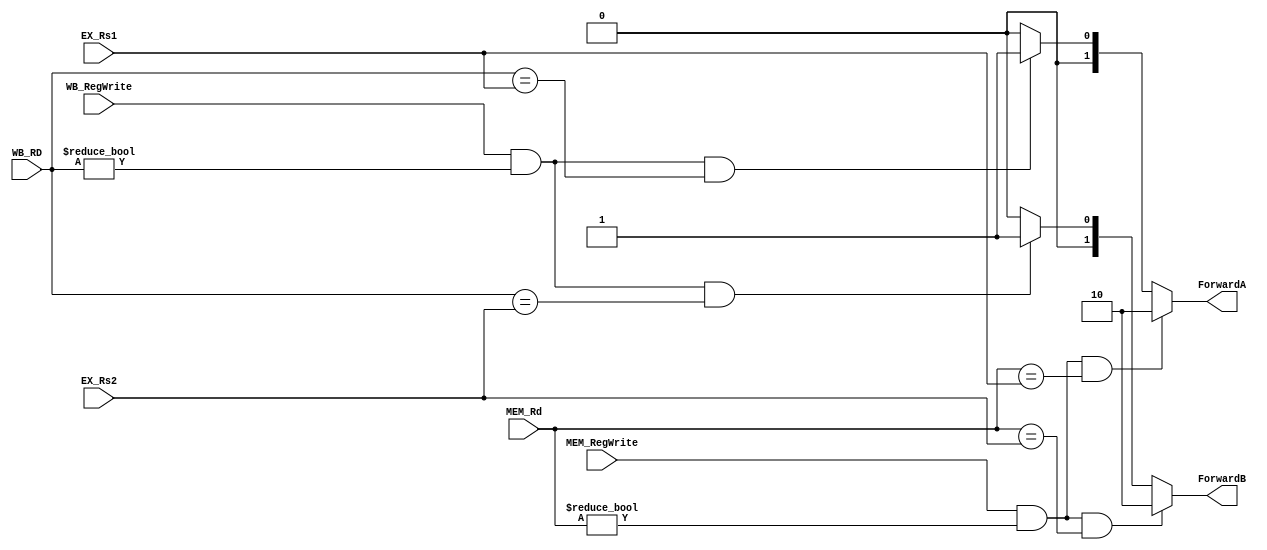
module Forwarding_Unit(
         EX_Rs1,
         EX_Rs2,
         MEM_RegWrite,
         MEM_Rd,
         WB_RegWrite,
         WB_RD,

         ForwardA,
         ForwardB,
       );

input [4:0] EX_Rs1, EX_Rs2, MEM_Rd, WB_RD;
input MEM_RegWrite, WB_RegWrite;

output reg [1:0] ForwardA, ForwardB;

always @(EX_Rs1 or EX_Rs2 or MEM_Rd or WB_RD or MEM_RegWrite or WB_RegWrite)
  begin
    if (MEM_RegWrite && MEM_Rd != 0  && MEM_Rd == EX_Rs1)
      ForwardA <= 2'b10;  // forward: MEM -> EX
    else if(WB_RegWrite && WB_RD != 0 && WB_RD == EX_Rs1)
      ForwardA <= 2'b01;  // forward: WB -> EX
    else
      ForwardA <= 2'b00;  // no forward

    if (MEM_RegWrite && MEM_Rd != 0  && MEM_Rd == EX_Rs2)
      ForwardB <= 2'b10;  // forward: MEM -> EX
    else if(WB_RegWrite && WB_RD != 0 && WB_RD == EX_Rs2)
      ForwardB <= 2'b01;  // forward: WB -> EX
    else
      ForwardB <= 2'b00;  // no forward
  end

endmodule